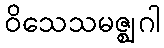
ဝိသေသမဇ္ဈဂါ